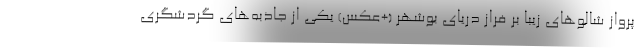
پرواز شالوهای زیبا بر فراز دریای بوشهر (+عکس) یکی از جاذبه‌های گردشگری